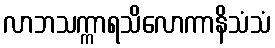
လာဘသက္ကာရသိလောကာနိသံသံ